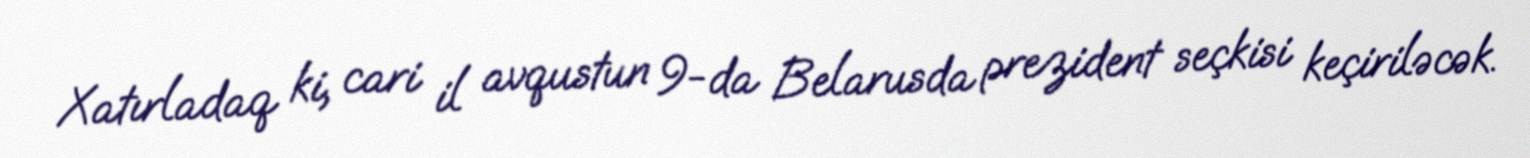
Xatırladaq ki, cari il avqustun 9-da Belarusda prezident seçkisi keçiriləcək.